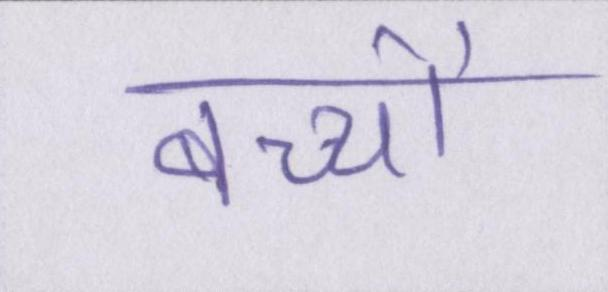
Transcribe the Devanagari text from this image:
बच्चों